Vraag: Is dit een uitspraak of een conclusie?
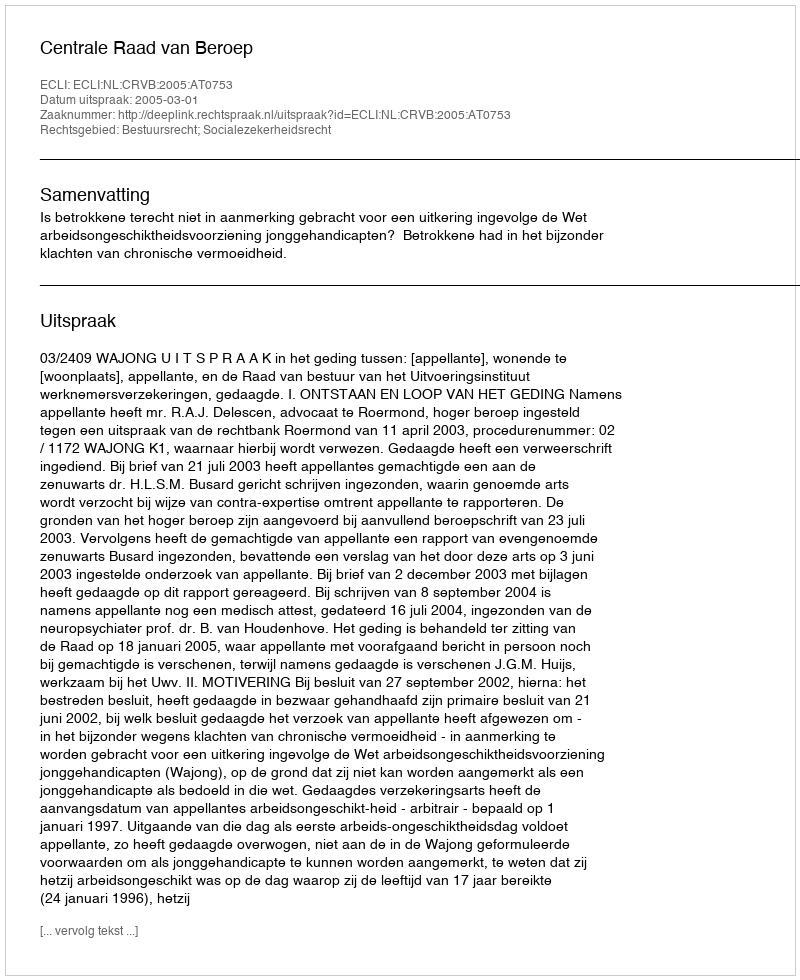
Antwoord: Uitspraak